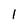
Character: 1